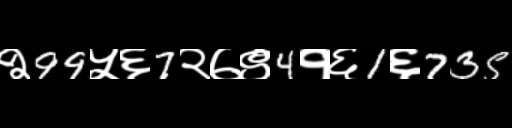
Text: २99५६7२७९4१६1६735